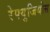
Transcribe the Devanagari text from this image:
रेफ्युजियोस